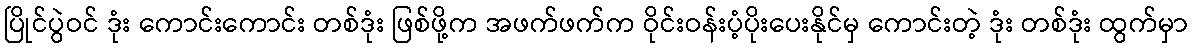
ပြိုင်ပွဲဝင် ဒုံး ကောင်းကောင်း တစ်ဒုံး ဖြစ်ဖို့က အဖက်ဖက်က ဝိုင်းဝန်းပံ့ပိုးပေးနိုင်မှ ကောင်းတဲ့ ဒုံး တစ်ဒုံး ထွက်မှာ